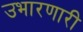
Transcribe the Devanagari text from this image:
उभारणारी